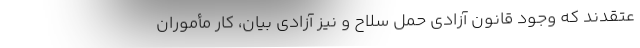
عتقدند که وجود قانون آزادی حمل سلاح و نیز آزادی بیان، کار مأموران